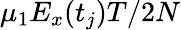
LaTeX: \mu_{1}E_{x}(t_{j})T/2N